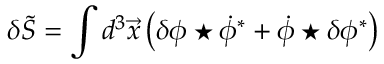
\delta \tilde { S } = \int d ^ { 3 } \vec { x } \, \bigl ( \delta \phi \star \dot { \phi } ^ { \ast } + \dot { \phi } \star \delta \phi ^ { \ast } \bigr )